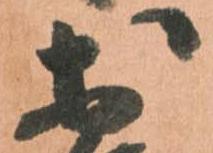
於